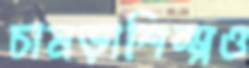
চামড়াশিল্পও